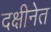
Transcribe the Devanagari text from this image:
दक्षीनेत